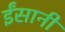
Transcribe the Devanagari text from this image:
ईंसानी